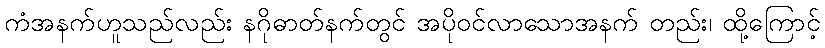
ကံအနက်ဟူသည်လည်း နဂိုဓာတ်နက်တွင် အပိုဝင်လာသောအနက် တည်း၊ ထို့ကြောင့်